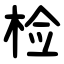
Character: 检